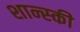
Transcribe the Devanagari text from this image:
शान्स्की